Mental hospitals Bombay report 1921-28 - 1921-1928
Year: 1921
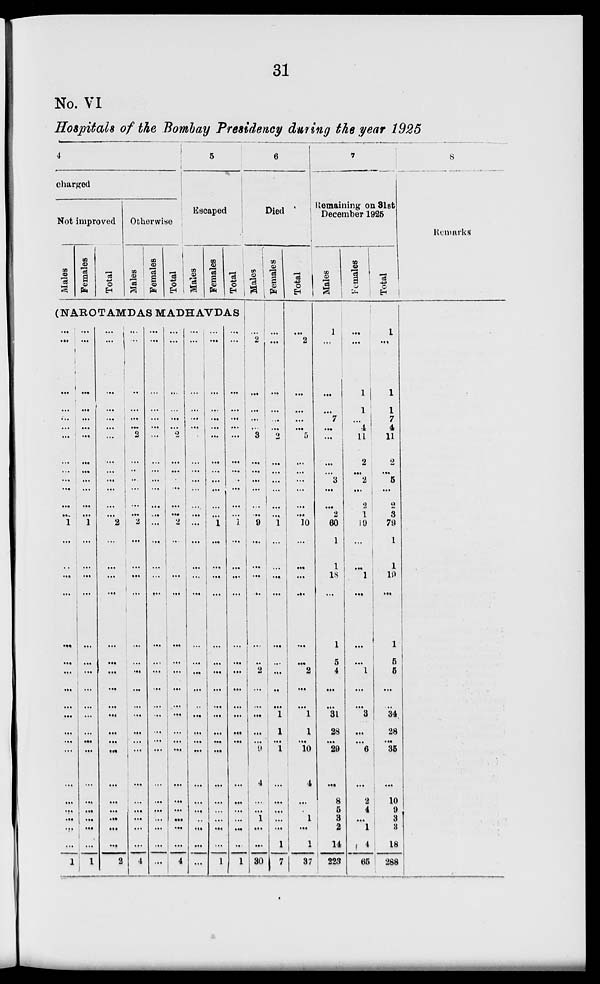
31
No. VI
Hospitals of the Bombay Presidency during the year 1925
charged
Not improved
Males
Females
Total
Otherwise
Males
Females
Total
5
Escaped
Males
Females
Total
(NAROTAMDAS MADHAVDAS
...
...
...
...
...
...
...
...
...
...
...
...
...
...
1
...
...
...
...
...
...
...
...
...
...
...
...
...
...
...
...
...
...
1
...
...
...
...
...
...
...
...
...
...
...
...
...
...
1
...
...
...
...
...
...
...
...
...
...
...
...
...
...
...
...
...
...
1
...
...
...
...
...
...
...
...
...
...
...
...
...
...
2
...
...
...
...
...
...
...
...
...
...
...
...
...
...
...
...
...
...
2
...
...
...
...
...
...
2
...
...
...
...
...
...
...
2
...
...
...
...
...
...
...
...
...
...
...
...
...
...
...
...
...
...
4
...
...
...
...
...
...
...
...
...
...
...
...
...
...
...
...
...
...
...
...
...
...
...
...
...
...
...
...
...
...
...
...
...
...
...
...
...
...
...
...
2
...
...
...
...
...
...
...
2
...
...
...
...
...
...
...
...
...
...
...
...
...
...
...
...
...
...
4
...
...
...
...
...
...
...
...
...
...
...
...
...
...
...
...
...
...
...
...
...
...
...
...
...
...
...
...
...
...
..
...
...
...
...
...
...
...
...
...
...
...
...
...
...
...
...
...
1
...
...
...
...
...
...
...
...
...
...
...
...
...
...
...
...
...
...
1
...
...
...
...
...
...
...
...
...
...
...
...
...
...
1
...
...
...
...
...
...
...
...
...
...
...
...
...
...
...
...
...
..
1
6
Died
Males
...
2
...
...
...
...
3
...
...
...
...
...
...
...
9
...
...
...
...
...
2
...
...
...
...
...
9
4
...
...
1
...
...
30
Females
...
...
...
...
...
...
2
...
...
...
...
...
...
...
1
...
...
...
...
...
...
...
...
1
1
...
1
...
...
...
...
...
1
7
Total
...
2
...
...
...
...
5
...
...
...
...
...
...
...
10
...
...
...
...
...
2
...
...
1
1
...
10
4
...
...
1
...
1
37
7
Remaining on 31st
December 1925
Males
1
...
...
...
...
7 ...
...
...
...
3
...
...
2
...
60
1
18
...
1
5
4
...
...
31
28
...
29
...
8
5
3
2
14
223
Females
...
...
1
1
...
4
11
2
...
2
...
2
1
...
19
...
1
...
...
...
1
...
...
3
...
...
6
...
2
4
...
1
4
65
Total
1
...
1
1
7
4
11
2
...
5
...
2
3
...
79
1
19
...
1
5
5
...
...
34
28
...
35
...
10
9
3
3
18
288
8
Remarks